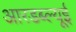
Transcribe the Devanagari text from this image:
आरडब्ल्यूई